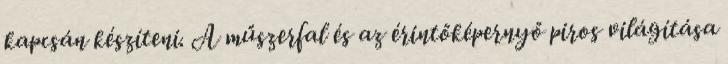
kapcsán készíteni. A műszerfal és az érintőképernyő piros világítása